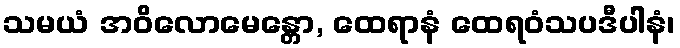
သမယံ အဝိလောမေန္တော, ထေရာနံ ထေရဝံသပဒီပါနံ၊